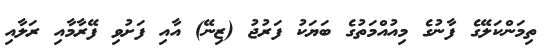
ތިމަންކަލޭގެ ފާނުގެ މިއުއްމަތުގެ ބަޔަކު ފަރުޖު (ޒިނޭ) އާއި ފަށުވި ފޭރާމާއި ރަލާއި